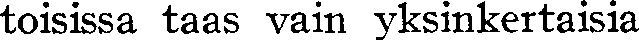
toisissa taas vain yksinkertaisia